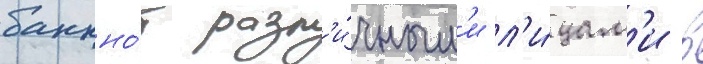
банкно́т разл'и́чным'и л'и́цам'и в